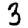
Digit: 3